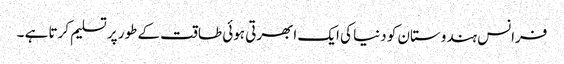
فرانس ہندوستان کو دنیا کی ایک ابھرتی ہوئی طاقت کے طور پر تسلیم کرتا ہے ۔